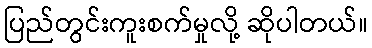
ပြည်တွင်းကူးစက်မှုလို့ ဆိုပါတယ်။